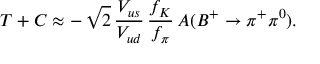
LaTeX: T + C \approx - \, \sqrt { 2 } \, \frac { V _ { u s } } { V _ { u d } } \, \frac { f _ { K } } { f _ { \pi } } \, A ( B ^ { + } \to \pi ^ { + } \pi ^ { 0 } ) .